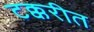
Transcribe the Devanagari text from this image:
टक्करीत